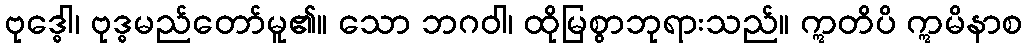
ဗုဒ္ဓေါ၊ ဗုဒ္ဓမည်တော်မူ၏။ သော ဘဂဝါ၊ ထိုမြစွာဘုရားသည်။ ဣတိပိ ဣမိနာစ